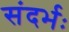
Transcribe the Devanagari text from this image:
संदर्भः